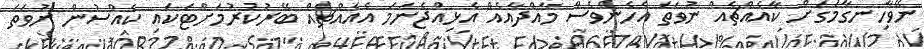
ނޭވާހިނގާމަގަށް ކާއެއްޗެއް ނުވަތަ އެހެންވެސް މާއްދާއެއް އެޅިއްޖެނަމަ އެއެއްޗެއް ބޭރުކުރުމަށްޓަކައި ކެއްސުން ނުވަތަ